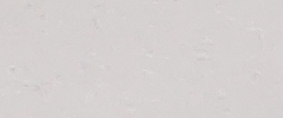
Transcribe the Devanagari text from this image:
मनपाक